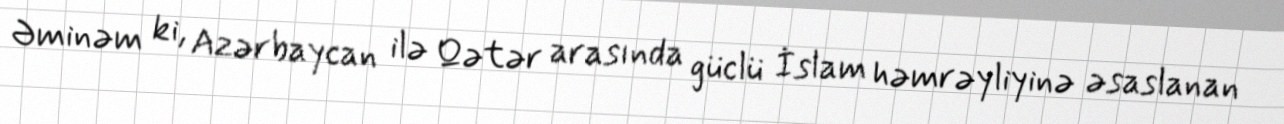
Əminəm ki, Azərbaycan ilə Qətər arasında güclü İslam həmrəyliyinə əsaslanan